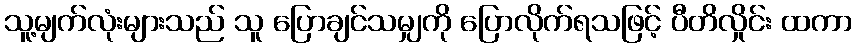
သူ့မျက်လုံးများသည် သူ ပြောချင်သမျှကို ပြောလိုက်ရသဖြင့် ပီတိလှိုင်း ထကာ